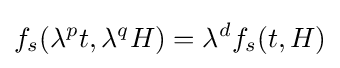
f_{s}(\lambda ^{p}t,\lambda ^{q}H)=\lambda ^{d}f_{s}(t,H)